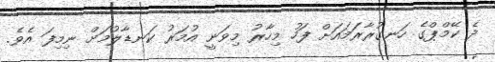
ދެ ކޭމްޕްގެ ހަނގުރާރަމައަށް ފަހު މިހާރު މިވަނީ އުމަރު ކަނޑާލުމަށް ނިމިފަ އެވެ.